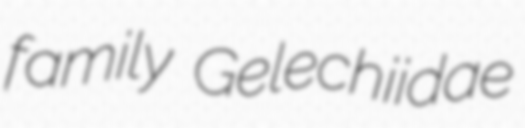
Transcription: family Gelechiidae